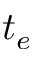
t _ { e }